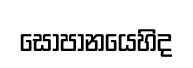
සෝපානයෙහිද